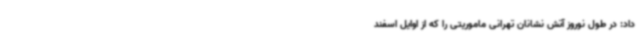
داد: در طول نوروز آتش نشانان تهرانی ماموریتی را که از اوایل اسفند